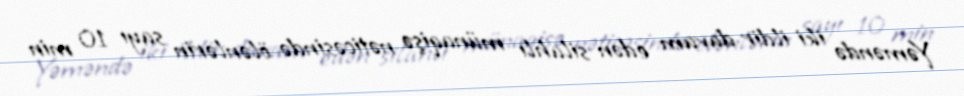
Yəməndə iki ildir davam edən silahlı münaqişə nəticəsində ölənlərin sayı 10 min